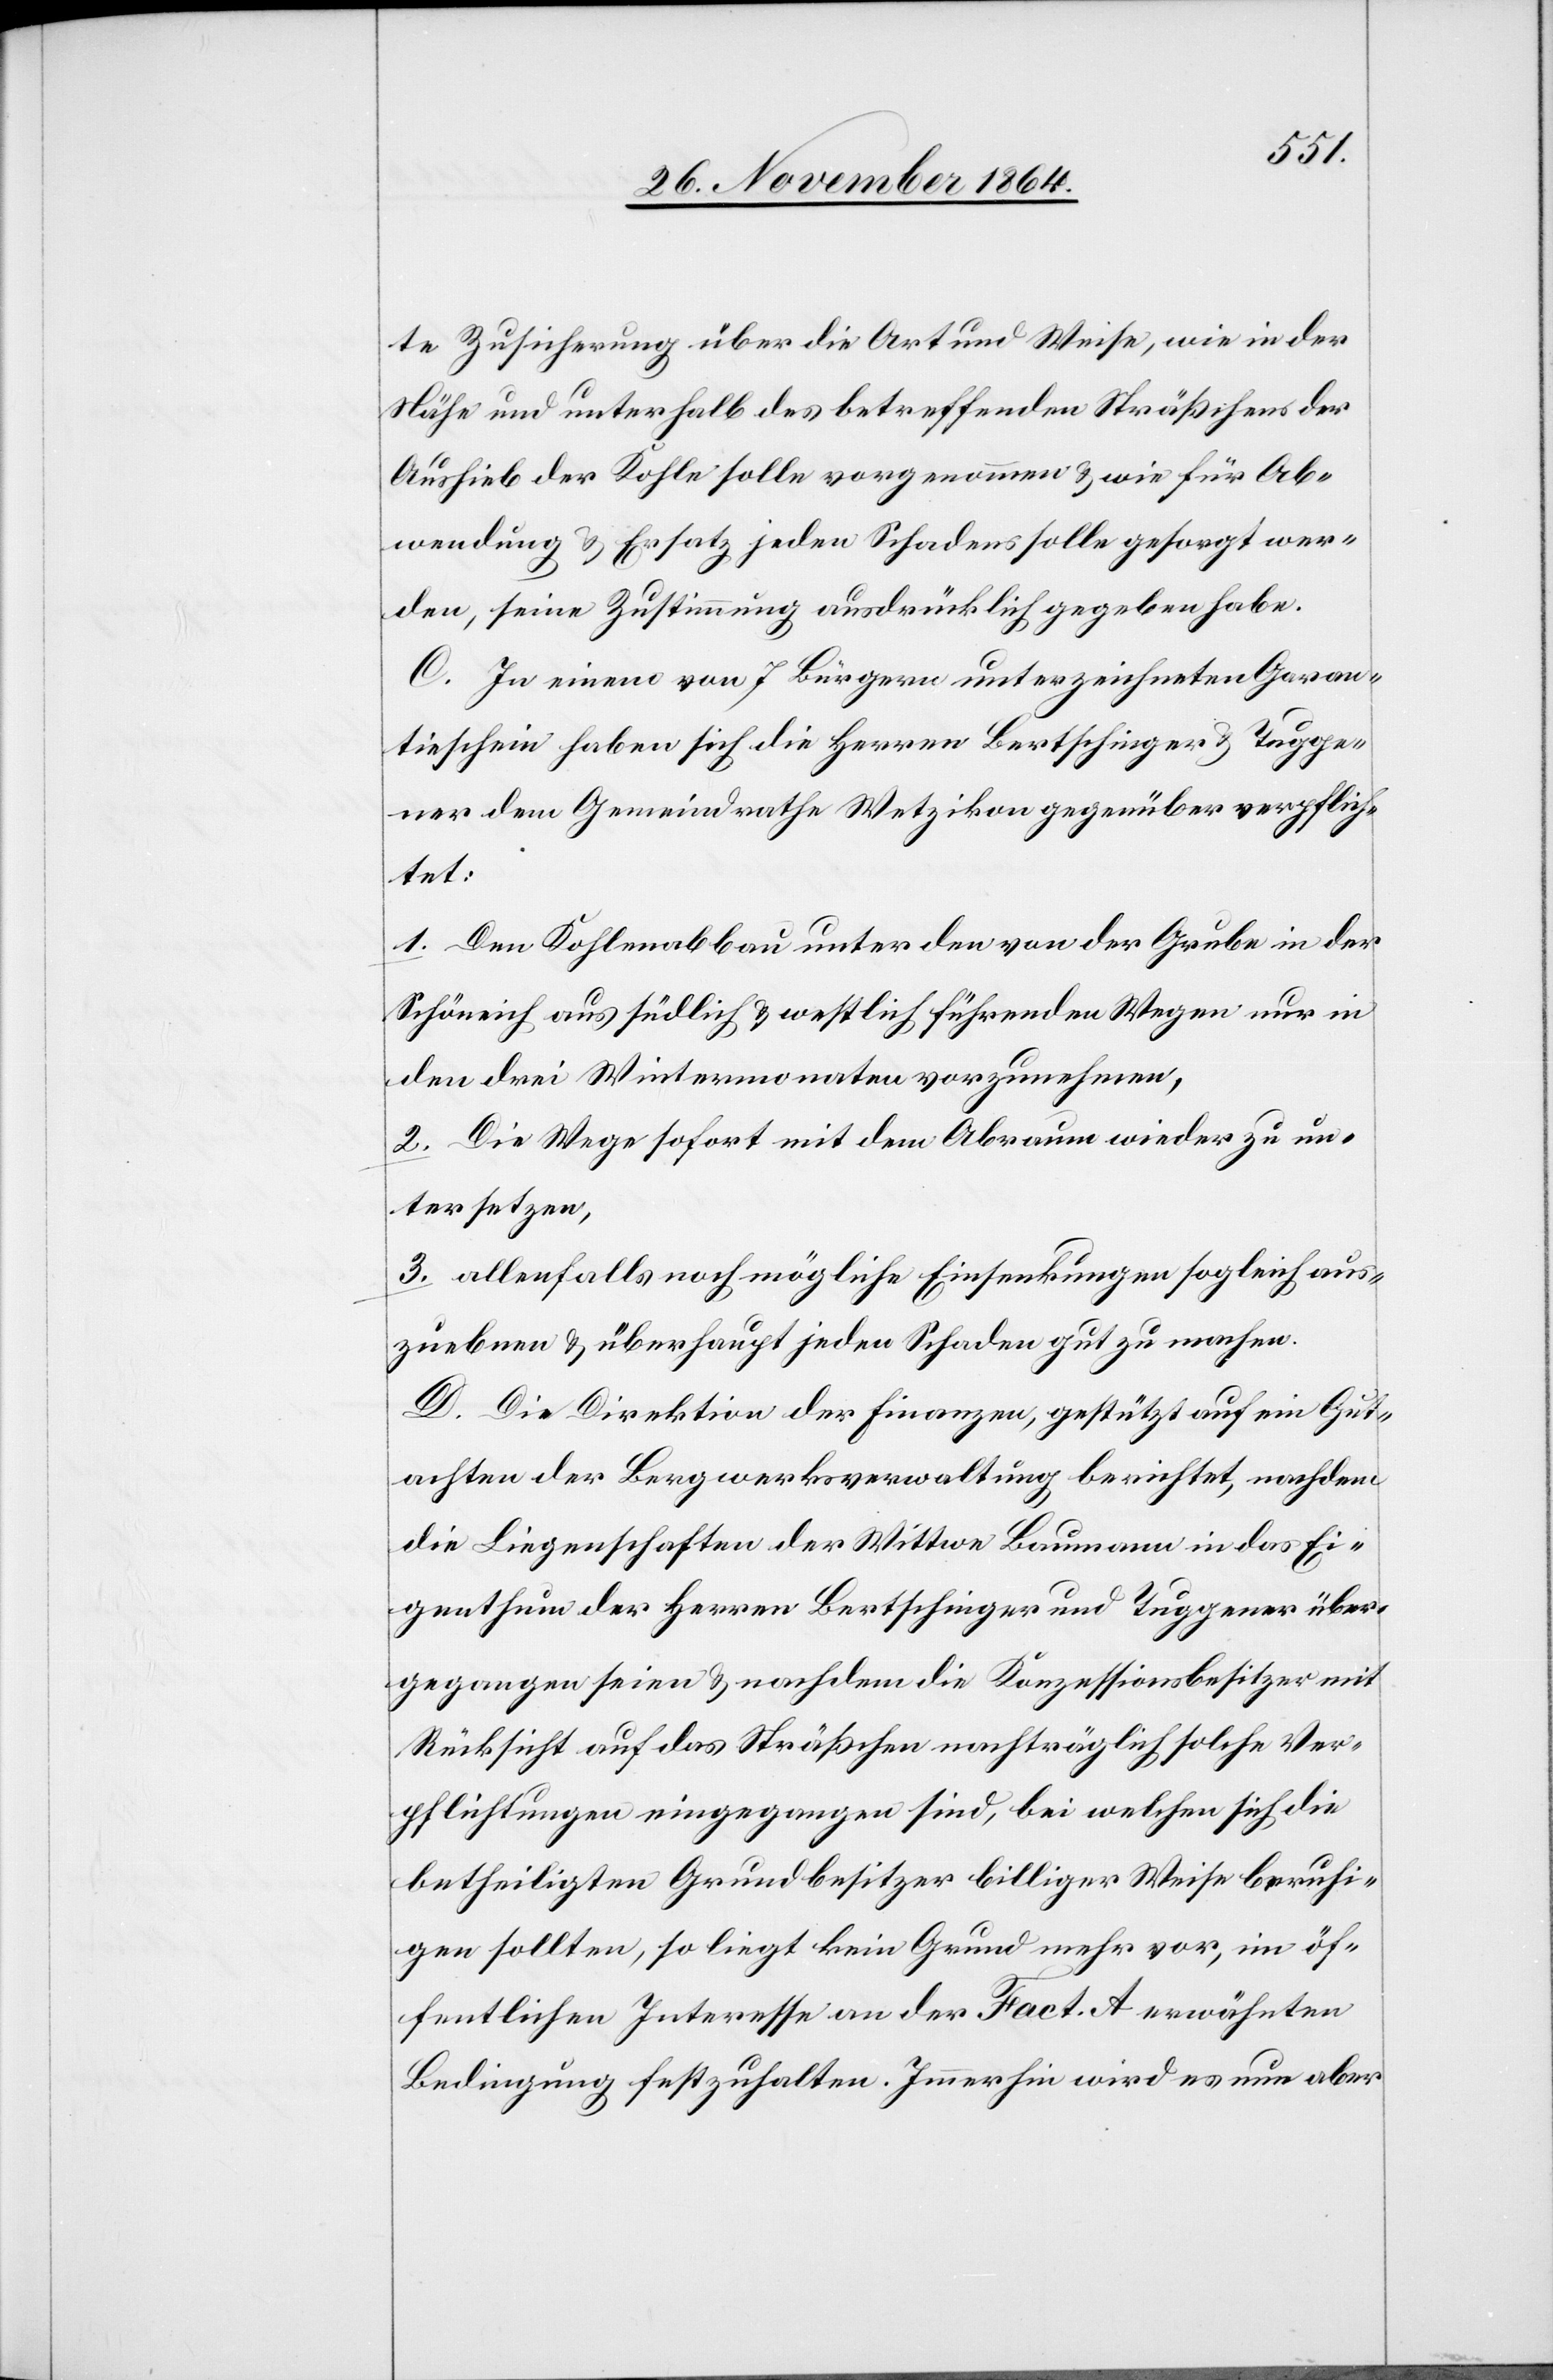
te Zusicherung über die Art und Weise, wie in der
Nähe und unterhalb des betreffenden Sträßchens der
Aushieb der Kohle solle vorgenommen & wie für Ab¬
wendung & Ersatz jeden Schadens solle gesorgt wer¬
den, seine Zustimmung ausdrücklich gegeben habe.
C. In einem von 7 Bürgern unterzeichneten Garan¬
tieschein haben sich die Herren Bertschinger und Tugge¬
ner dem Gemeindrathe Wetzikon gegenüber verpflich¬
tet:
1. Den Kohlenabbau unter den von der Grube in der
Schöneich aus südlich & westlich führenden Wegen nur in
den drei Wintermonaten vorzunehmen,
2. Die Wege sofort mit dem Abraum wieder zu un¬
tersetzen,
3. allenfalls noch mögliche Einsenkungen sogleich aus¬
zuheben & überhaupt jeden Schaden gut zu machen.
D. Die Direktion der Finanzen, gestützt auf ein Gut¬
achten der Bergwerksverwaltung berichtet, nachdem
die Liegenschaften der Wittwe Baumann in das Ei¬
genthum der Herren Bertschinger und Tuggener über¬
gegangen seien & nachdem die Konzessionsbesitzer mit
Rücksicht auf das Sträßchen nachträglich solche Ver¬
pflichtungen eingegangen sind, bei welchen sich die
betheiligten Grundbesitzer billiger Weise beruhi¬
gen sollten, so liegt kein Grund mehr vor, im öf¬
fentlichen Interesse an der [in] Fact. A erwähnten
Bedingung festzuhalten. Immerhin wird es nun aber